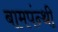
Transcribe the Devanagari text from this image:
बामपंन्थी